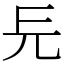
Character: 㒫